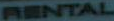
RENTAL